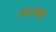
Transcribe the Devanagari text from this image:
१९५१मा